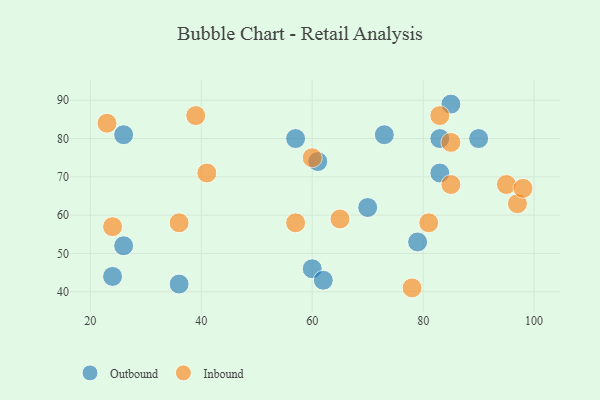
{"axis": {"x": "GDP", "y": "Life Expectancy"}, "legend": ["Inbound", "Outbound"], "data": [{"x": "85", "y": 89, "type": "Outbound"}, {"x": "90", "y": 80, "type": "Outbound"}, {"x": "83", "y": 80, "type": "Outbound"}, {"x": "70", "y": 62, "type": "Outbound"}, {"x": "26", "y": 81, "type": "Outbound"}, {"x": "60", "y": 46, "type": "Outbound"}, {"x": "36", "y": 42, "type": "Outbound"}, {"x": "83", "y": 71, "type": "Outbound"}, {"x": "79", "y": 53, "type": "Outbound"}, {"x": "62", "y": 43, "type": "Outbound"}, {"x": "57", "y": 80, "type": "Outbound"}, {"x": "61", "y": 74, "type": "Outbound"}, {"x": "73", "y": 81, "type": "Outbound"}, {"x": "26", "y": 52, "type": "Outbound"}, {"x": "24", "y": 44, "type": "Outbound"}, {"x": "97", "y": 63, "type": "Inbound"}, {"x": "78", "y": 41, "type": "Inbound"}, {"x": "85", "y": 79, "type": "Inbound"}, {"x": "36", "y": 58, "type": "Inbound"}, {"x": "85", "y": 68, "type": "Inbound"}, {"x": "60", "y": 75, "type": "Inbound"}, {"x": "65", "y": 59, "type": "Inbound"}, {"x": "81", "y": 58, "type": "Inbound"}, {"x": "23", "y": 84, "type": "Inbound"}, {"x": "39", "y": 86, "type": "Inbound"}, {"x": "95", "y": 68, "type": "Inbound"}, {"x": "98", "y": 67, "type": "Inbound"}, {"x": "41", "y": 71, "type": "Inbound"}, {"x": "83", "y": 86, "type": "Inbound"}, {"x": "57", "y": 58, "type": "Inbound"}, {"x": "24", "y": 57, "type": "Inbound"}]}